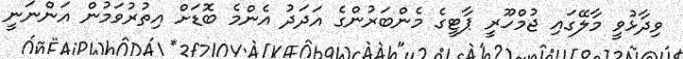
ވިދާޅުވީ މާލޭގައި ޖުމްހޫރީ ޕާޓީގެ މެންބަރުންގެ އަދަދު އެންމެ ބޮޑަށް އިތުރުވަމުން އަންނަނީ